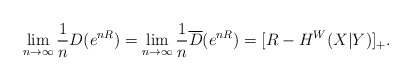
\begin{align*}\lim_{n \to \infty} \frac{1}{n}D(e^{nR}) = \lim_{n \to \infty} \frac{1}{n}\overline{D}(e^{nR}) = [R-H^{W}(X|Y)]_+ .\end{align*}